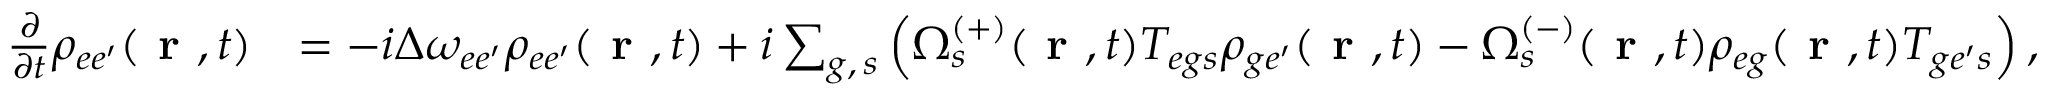
\begin{array} { r l } { \frac { \partial } { \partial t } \rho _ { e e ^ { \prime } } ( \textbf { r } , t ) } & { = - i \Delta \omega _ { e e ^ { \prime } } \rho _ { { e e ^ { \prime } } } ( \textbf { r } , t ) + i \sum _ { g , \, s } \left( \Omega _ { s } ^ { ( + ) } ( \textbf { r } , t ) T _ { { e g } s } \rho _ { { g e ^ { \prime } } } ( \textbf { r } , t ) - \Omega _ { s } ^ { ( - ) } ( \textbf { r } , t ) \rho _ { { e g } } ( \textbf { r } , t ) T _ { { g e ^ { \prime } } s } \right) , } \end{array}